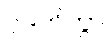
ပဒဟိတွာ